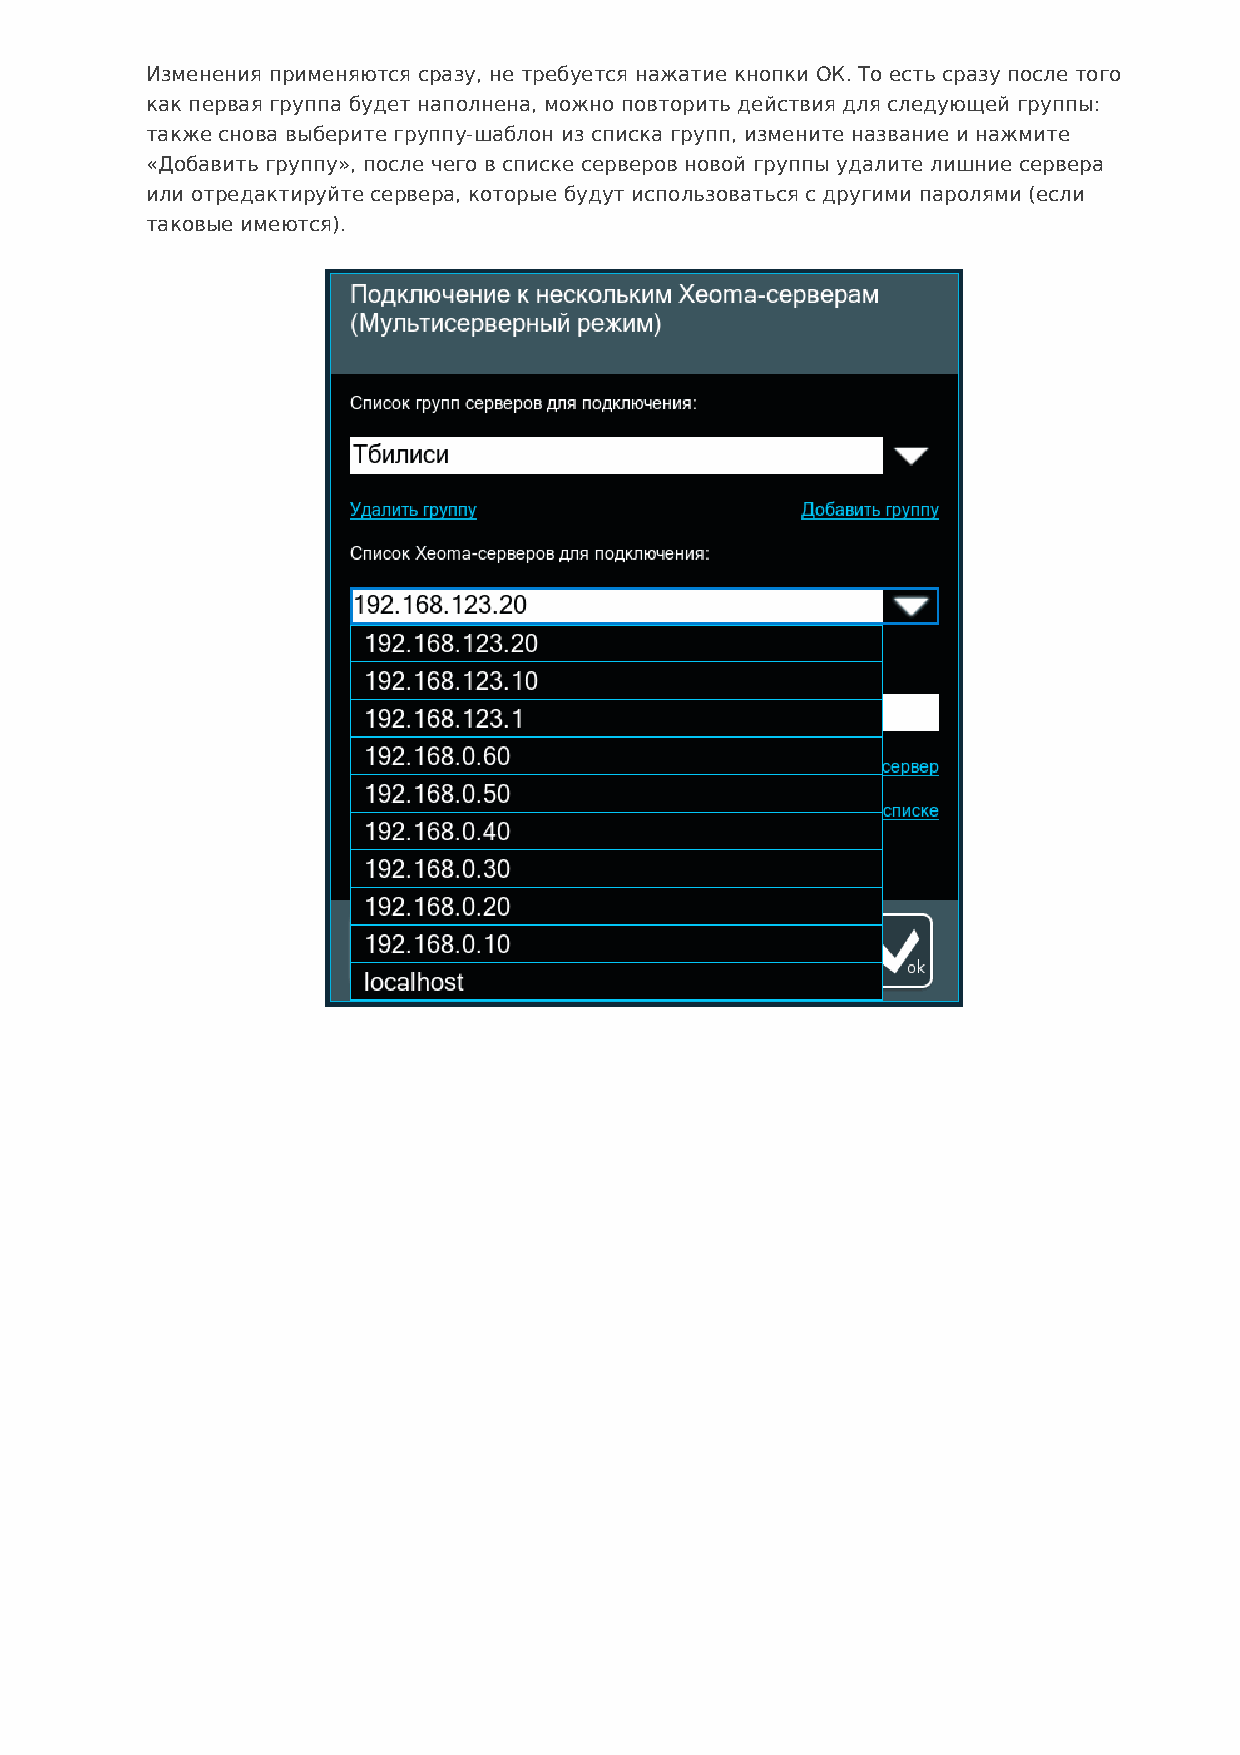
Изменения применяются сразу, не требуется нажатие кнопки ОК. То есть сразу после того
 как первая группа будет наполнена, можно повторить действия для следующей группы:
 также снова выберите группу-шаблон из списка групп, измените название и нажмите
 «Добавить группу», после чего в списке серверов новой группы удалите лишние сервера
 или отредактируйте сервера, которые будут использоваться с другими паролями (если
 таковые имеются).